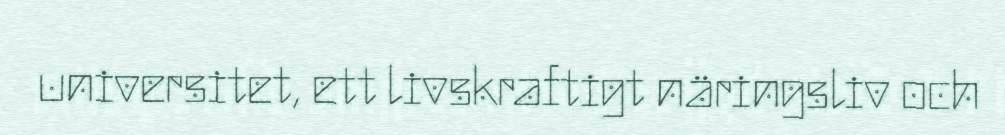
universitet, ett livskraftigt näringsliv och